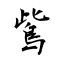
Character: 鴜